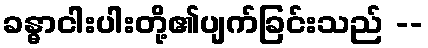
ခန္ဓာငါးပါးတို့၏ပျက်ခြင်းသည် --